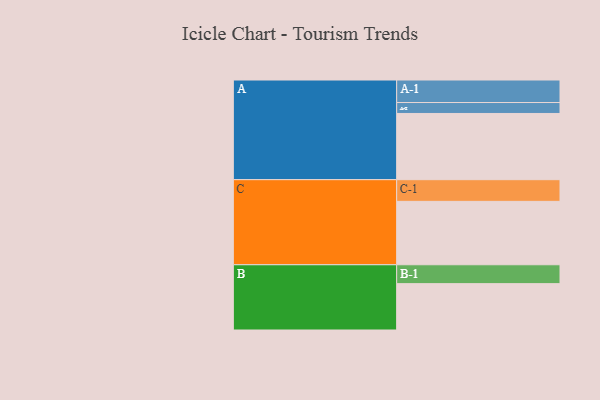
{"axis": {"x": "Segment", "y": "Value"}, "legend": ["", "A", "B", "C"], "data": [{"x": "A", "y": 544, "type": ""}, {"x": "B", "y": 381, "type": ""}, {"x": "C", "y": 521, "type": ""}, {"x": "A-1", "y": 185, "type": "A"}, {"x": "A-2", "y": 90, "type": "A"}, {"x": "B-1", "y": 155, "type": "B"}, {"x": "C-1", "y": 178, "type": "C"}]}